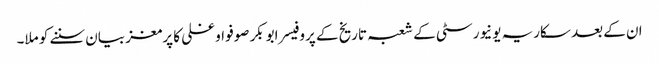
ان کے بعد سکاریہ یونیورسٹی کے شعبہ تاریخ کے پروفیسر ابوبکر صوفو اوغلی کا پرمغز بیان سننے کو ملا۔